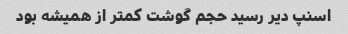
اسنپ دیر رسید حجم گوشت کمتر از همیشه بود